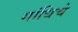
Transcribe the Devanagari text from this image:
गांधिचे